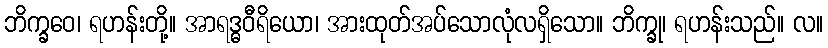
ဘိက္ခဝေ၊ ရဟန်းတို့။ အာရဒ္ဓဝီရိယော၊ အားထုတ်အပ်သောလုံလရှိသော။ ဘိက္ခု၊ ရဟန်းသည်။ လ။